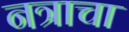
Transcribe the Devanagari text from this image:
नत्राचा